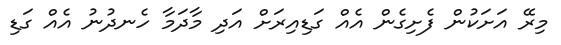
މިރޭ އަށަކުން ފެށިގެން އެއް ގަޑިއިރަށް އަދި މާދަމާ ހެނދުނު އެއް ގަޑި